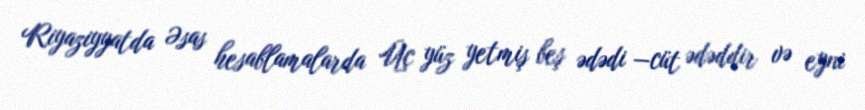
Riyaziyyatda Əsas hesablamalarda Üç yüz yetmiş beş ədədi —cüt ədəddir və eyni